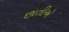
છાતીએ